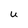
Character: U